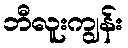
ဘီလူးကျွန်း